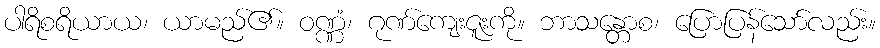
ပါရိစရိယာယ၊ ယာမည်၏။ ဝဏ္ဏံ၊ ဂုဏ်ကျေးဇူးကို။ ဘာသန္တောစ၊ ပြောပြန်သော်လည်း။